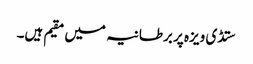
ستڈی ویزہ پر برطانیہ میں مقیم ہیں۔